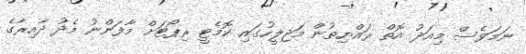
ނަމަވެސް މިއަދު އޮތް ރައްޔިތުން މަޖިލީހުގައި ކޮމެޓީ ރިޕޯޓަށް މާފަންނު މެދު ދާއިރާގެ